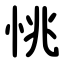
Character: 恌